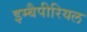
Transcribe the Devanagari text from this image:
इम्बैपीरियल